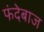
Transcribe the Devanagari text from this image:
फंदेबाज